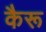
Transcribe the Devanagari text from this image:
कैरू